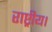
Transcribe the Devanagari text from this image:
राष्ट्रीय।